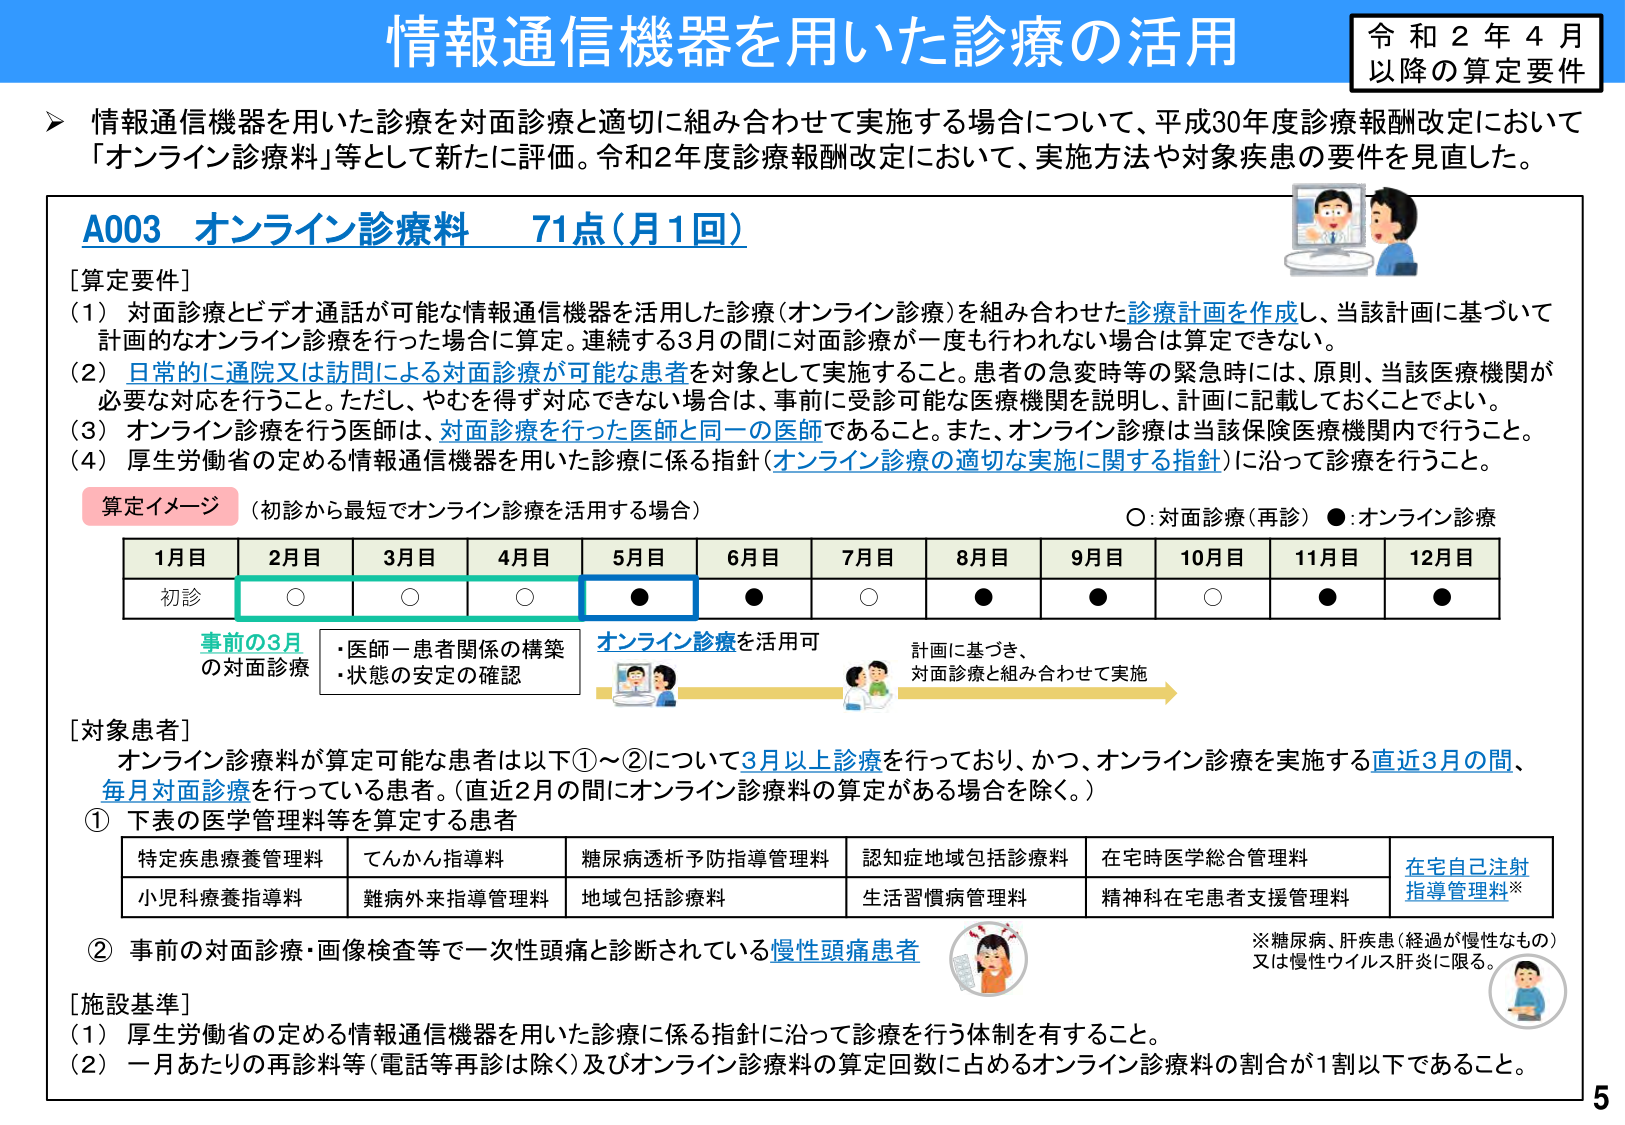
情報通信機器を用いた診療の活用

令和２年４月
以降の算定要件

▶ 情報通信機器を用いた診療を対面診療と適切に組み合わせて実施する場合について、平成30年度診療報酬改定において「オンライン診療料」等として新たに評価。令和2年度診療報酬改定において、実施方法や対象疾患の要件を見直した。

A003 オンライン診療料 71点（月1回）

[算定要件]
（1）対面診療とビデオ通話が可能な情報通信機器を活用した診療（オンライン診療）を組み合わせた診療計画を作成し、当該計画に基づいて計画的なオンライン診療を行った場合に算定。連続する3月の間に対面診療が一度も行われない場合は算定できない。
（2）日常的に通院又は訪問による対面診療が可能な患者を対象として実施すること。患者の急変時等の緊急時には、原則、当該医療機関が必要な対応を行うこと。ただし、やむを得ず対応できない場合は、事前に受診可能な医療機関を説明し、計画に記載しておくことよい。
（3）オンライン診療を行う医師は、対面診療を行った医師と同一の医師であること。また、オンライン診療は当該保険医療機関内で行うこと。
（4）厚生労働省の定める情報通信機器を用いた診療に係る指針（オンライン診療の適切な実施に関する指針）に沿って診療を行うこと。

算定イメージ （初診から最短でオンライン診療を活用する場合）
○：対面診療（再診） ●：オンライン診療

| 1月目 | 2月目 | 3月目 | 4月目 | 5月目 | 6月目 | 7月目 | 8月目 | 9月目 | 10月目 | 11月目 | 12月目 |
|-------|-------|-------|-------|-------|-------|-------|-------|-------|--------|--------|--------|
| 初診  | ○     | ○     | ○     | ●     | ●     | ○     | ●     | ●     | ○      | ●      | ●      |

事前の3月
の対面診療
・医師－患者関係の構築
・状態の安定の確認

オンライン診療を活用可

計画に基づき、
対面診療と組み合わせて実施

[対象患者]
オンライン診療料が算定可能な患者は以下①～②について3月以上診療を行っており、かつ、オンライン診療を実施する直近3月の間、毎月対面診療を行っている患者。（直近2月の間にオンライン診療料の算定がある場合を除く。）

① 下表の医学管理料等を算定する患者

| 特定疾患療養管理料 | てんかん指導料 | 糖尿病透析予防指導管理料 | 認知症地域包括診療料 | 在宅時医学総合管理料 | 在宅自己注射指導管理料※ |
|-------------------|---------------|--------------------------|----------------------|----------------------|--------------------------|
| 小児科療養指導料 | 難病外来指導管理料 | 地域包括診療料 | 生活習慣病管理料 | 精神科在宅患者支援管理料 | |

② 事前の対面診療・画像検査等で一次性頭痛と診断されている慢性頭痛患者

※糖尿病、肝疾患（経過が慢性なもの）又は慢性ウイルス肝炎に限る。

[施設基準]
（1）厚生労働省の定める情報通信機器を用いた診療に係る指針に沿って診療を行う体制を有すること。
（2）一月あたりの再診料等（電話等再診は除く）及びオンライン診療料の算定回数に占めるオンライン診療料の割合が1割以下であること。

5